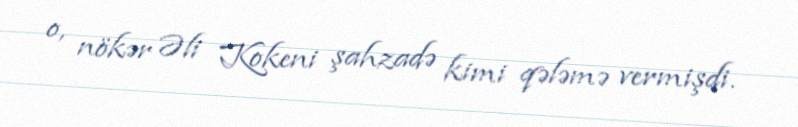
o, nökər Əli Kokeni şahzadə kimi qələmə vermişdi.